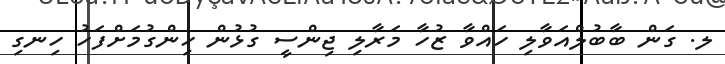
ލ. ގަން ބާބުލްއަވާލި ހައްވާ ޒުހާ މަރާލި ޖިންސީ ގުޅުން ހިންގުމަށްފަހު ހިނގި